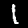
Label: 1